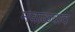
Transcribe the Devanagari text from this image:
मवाळवाद